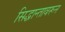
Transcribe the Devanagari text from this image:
सिद्धान्तावरून